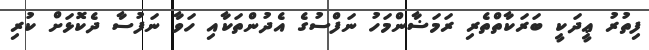
ފިތުރު ޢީދަކީ ބަރަކާތްތެރި ރަމަޟާންމަހު ނަފްސުގެ އެދުންތަކާއި ހަވާ ނަފުސާ ދެކޮޅަށް ކުރި